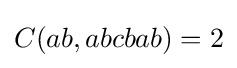
C(ab,abcbab)=2